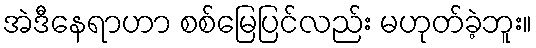
အဲဒီနေရာဟာ စစ်မြေပြင်လည်း မဟုတ်ခဲ့ဘူး။